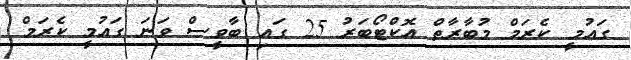
ގައުމީ ކެރަމް މުބާރާތް އޮކްޓޯބަރު 25 ގައި ބާވީސް ވަނަ ގައުމީ ކެރަމް